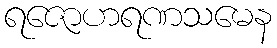
ရဇောဟရဏသမေန